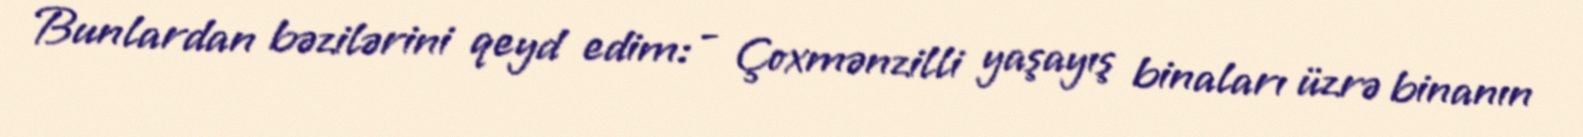
Bunlardan bəzilərini qeyd edim: - Çoxmənzilli yaşayış binaları üzrə binanın